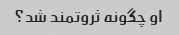
او چگونه ثروتمند شد؟